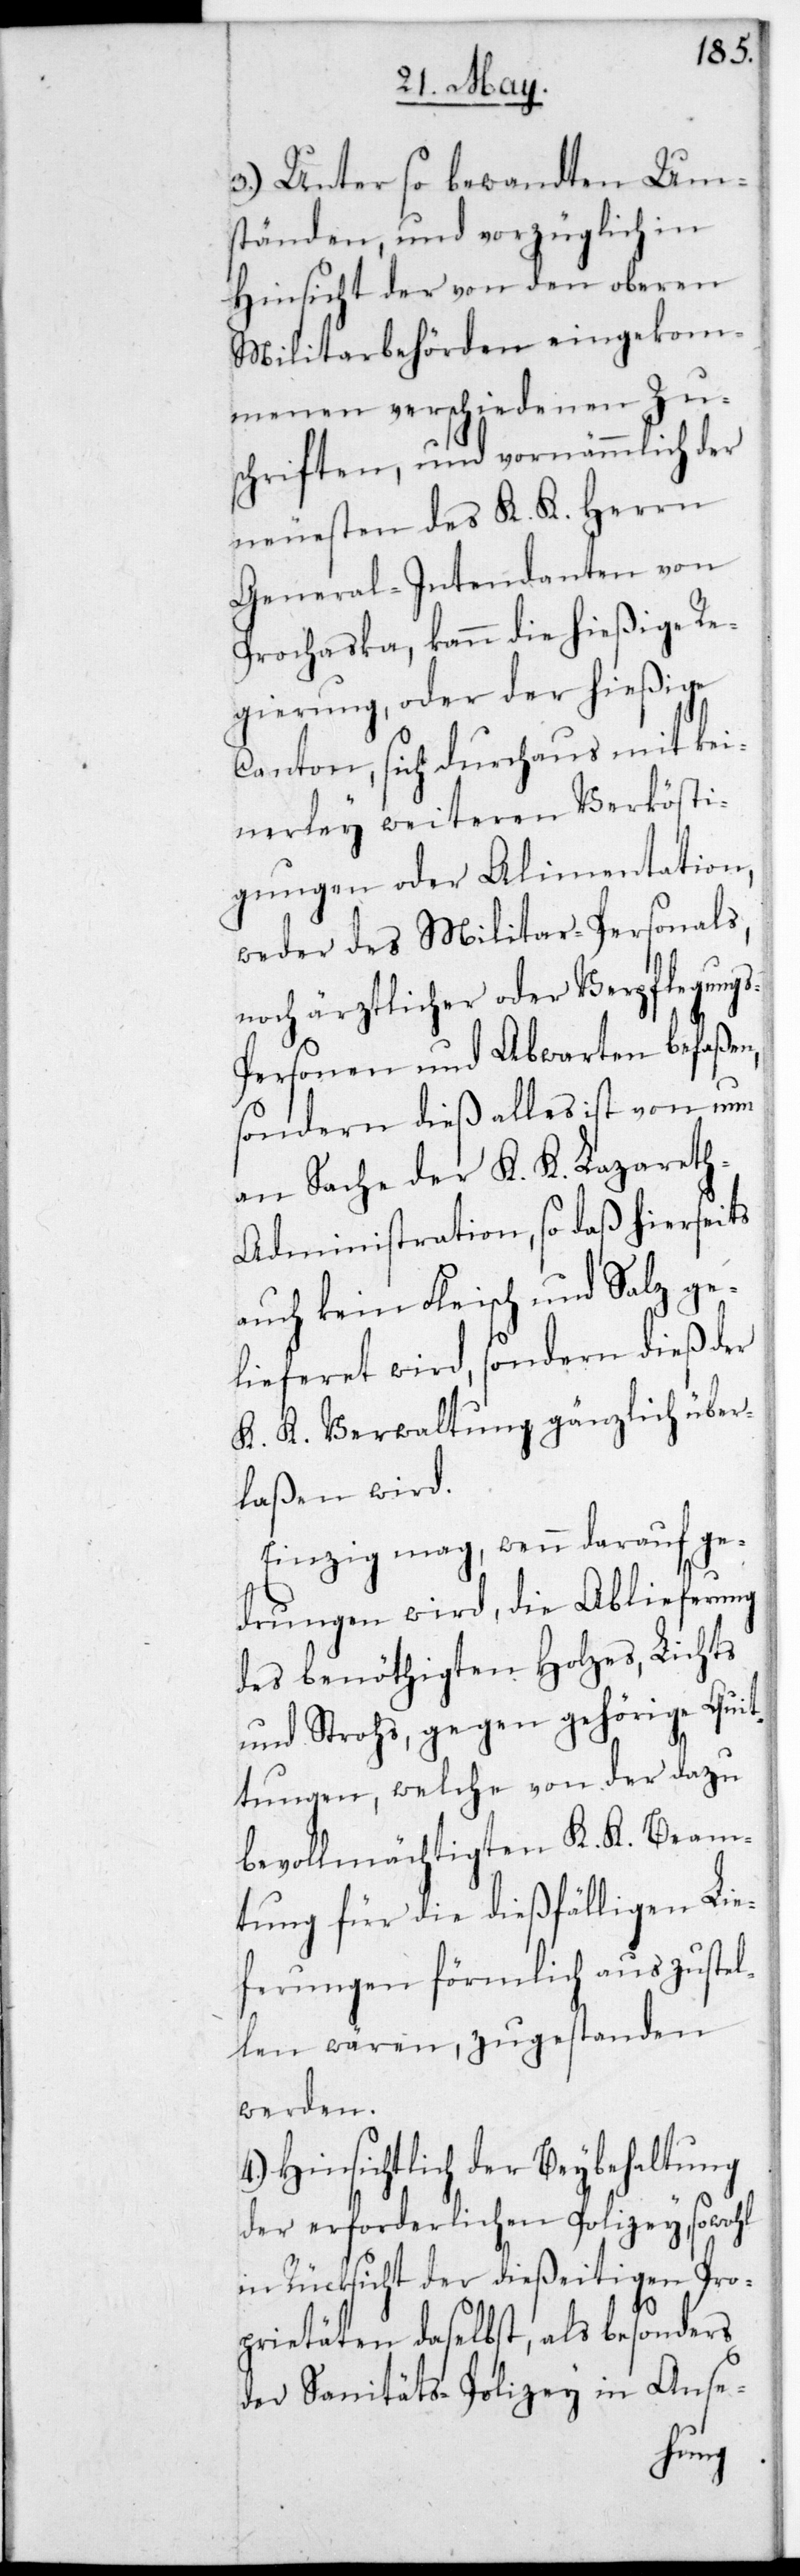
s-P¬
3.) Unter so bewandten Um¬
ständen und vorzüglich in
Hinsicht der von den oberen
Militarbehörden eingekom¬
menen verschiedenen Zu¬
schriften, und vornämmlich der
neuesten des K. K. Herrn
General-Intendanten von
Prochaska, kann die hießige Re¬
gierung, oder der hießige
Canton, sich durchaus mit kei¬
nerlei weiteren Verkösti¬
gungen oder Alimentation,
weder des Militar-Personals,
noch ärztlicher oder Verpflegung¬
ersonen und Abwarten befaßen,
sondern dies alles ist von nun
an Sache der K. K. Lazaret¬
h-Administration, so daß hierseits
auch kein Fleisch und Salz ge¬
lieferet wird, sondern dies der
K. K. Verwaltung gänzlich übe¬
rlaßen wird.
Einzig mag, wenn darauf ge¬
drungen wird, die Ablieferung
des benöthigten Holzes, Lichts
und Strohs, gegen gehörige Quit¬
tungen, welche von der dazu
bevollmächtigten K. K. Beam¬
tung für die dießfälligen Lie¬
ferungen förmlich auszustel¬
len wären, zugestanden
werden.
4.) Hinsichtlich der Beybehaltung
der erforderlichen Polizey, sowohl
in Rücksicht der dießeitigen Pro¬
prietäten daselbst, als besonders
der Sanitäts-Polizey in Anse-